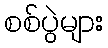
စစ်ပွဲများ